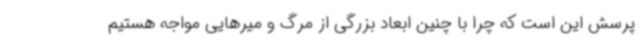
پرسش این است که چرا با چنین ابعاد بزرگی از مرگ و میرهایی مواجه هستیم